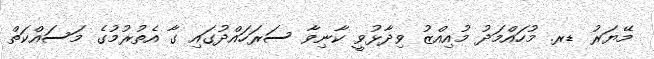
މޭޔަރު ޑރ. މުހައްމަދު މުއިއްޒު ވިދާޅުވީ ކާނިވާ ސަރަހައްދުގައި ގާ އެތުރުމުގެ މަސައްކަތް